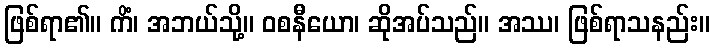
ဖြစ်ရာ၏။ ကိံ၊ အဘယ်သို့။ ဝစနီယော၊ ဆိုအပ်သည်။ အဿ၊ ဖြစ်ရာသနည်း။